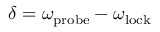
\delta = \omega _ { \mathrm { p r o b e } } - \omega _ { \mathrm { l o c k } }